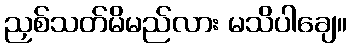
ညှစ်သတ်မိမည်လား မသိပါချေ။